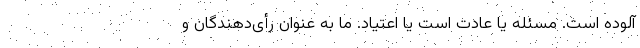
آلوده است. مسئله یا عادت است یا اعتیاد. ما به عنوان رأی‌دهندگان و